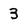
Character: 3